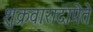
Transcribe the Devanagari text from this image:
शुक्रवारादापेते